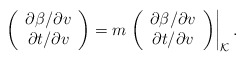
\begin{align*} \left(\begin{array}{c} \partial\beta/\partial v\\ \partial t/\partial v \end{array}\right)=m\left.\left(\begin{array}{c} \partial\beta/\partial v\\ \partial t/\partial v \end{array}\right)\right|_\mathcal{K}.\end{align*}